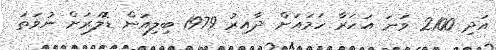
އަދި 2100 ވަނަ އަހަރާ ހަމައަށް ދާއިރު 1979 ބިލިއަން ޑޮލަރަށް ނުވަތަ